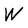
Character: W